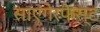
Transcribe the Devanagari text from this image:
साएंगेरफेस्ट